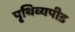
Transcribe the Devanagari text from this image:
पृथिव्यपीड